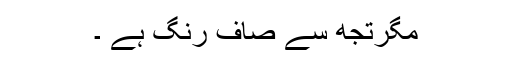
مگرتجھ سے صاف رنگ ہے ۔